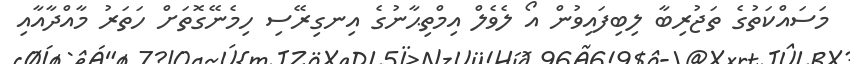
މަސައްކަތުގެ ތަޖުރިބާ ލިބިފައިވުން އޯ ލެވެލް އިމްތިޙާނުގެ އިނގިރޭސި ހިމެނޭގޮތަށް ހަތަރު މާއްދާއާއި